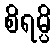
စိရမ္ပိ